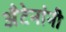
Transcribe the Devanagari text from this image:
अँटेनांनी